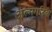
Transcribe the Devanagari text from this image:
अल्मगरिब